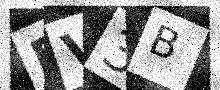
Text: FV3B